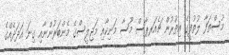
މުސްތަފާ ލުތުފީގެ އިތުރުން ޗެއަރޕާސް މޫސާ މަނިކާއި މަޖިލީސްގެ މެންބަރުންނާއި ގިނަ އަދަދެއްގެ